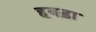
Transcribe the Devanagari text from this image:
हबड़ा